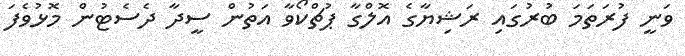
ވަނީ ފުރަތަމަ ބުރުގައި ރަޝިޔާގެ އޮލްގާ ޕުޗްކޯވާ އަތުން ސީދާ ދެސެޓުން މޮޅުވެފަ